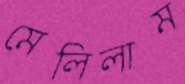
মেলিলাম